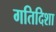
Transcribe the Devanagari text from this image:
गतिदिशा